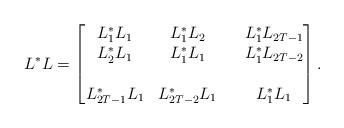
LaTeX: \begin{align*}L^* L=\begin{bmatrix}L_1^* L_1 &L_1^*L_2 & &L_1^*L_{2T-1} \\L_2^*L_1 &L_1^*L_1 & &L_1^*L_{2T-2} \\& & &\\L_{2T-1}^*L_1 &L_{2T-2}^*L_1 & &L_1^*L_1\end{bmatrix}. \end{align*}